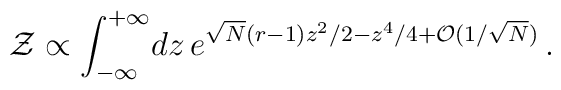
{\cal Z}\propto \int_{-\infty}^{+\infty}\! dz\,e^{\sqrt{N} (r-1) z^{2}/2 - z^{4}/4 + {\cal O}(1/\sqrt{N})}\, .